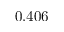
0 . 4 0 6